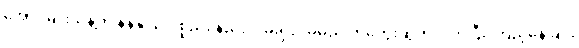
အောင်မျိုးသန့်က နန်နိုဒြပ်ပစ္စည်း နည်းလမ်းရှိလိမ့်မည် တံတွေးဆွတ်လိုက်ပြီး ကြည့်နေခြင်း